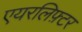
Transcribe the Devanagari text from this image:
एयरलिफ़्टर